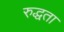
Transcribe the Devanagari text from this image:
रुद्धता